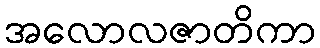
အလောလဇာတိကာ